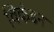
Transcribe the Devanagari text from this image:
विकंडन